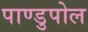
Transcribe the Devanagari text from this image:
पाण्डुपोल